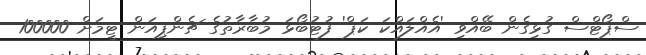
ސްޕޯޓްސް ގުޅިގެން ބޭއްވި 'އެއްލައްކަ ކަޕް' ފުޓުބޯޅަ މުބާރާތުގެ ޗެންޕިއަން ޓީމަށް 100000